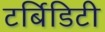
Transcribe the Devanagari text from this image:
टर्बिडिटी